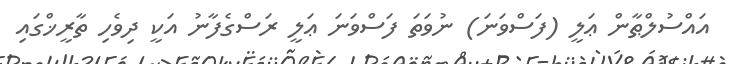
އައްސުލްޠާން ޢަލީ (ފަސްވަނަ) ނުވަތަ ފަސްވަނަ ޢަލީ ރަސްގެފާނު އަކީ ދިވެހި ތާރީޚްގައި